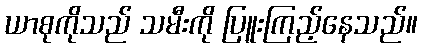
ယာစုကိုသည် သမီးကို ပြူးကြည့်နေသည်။